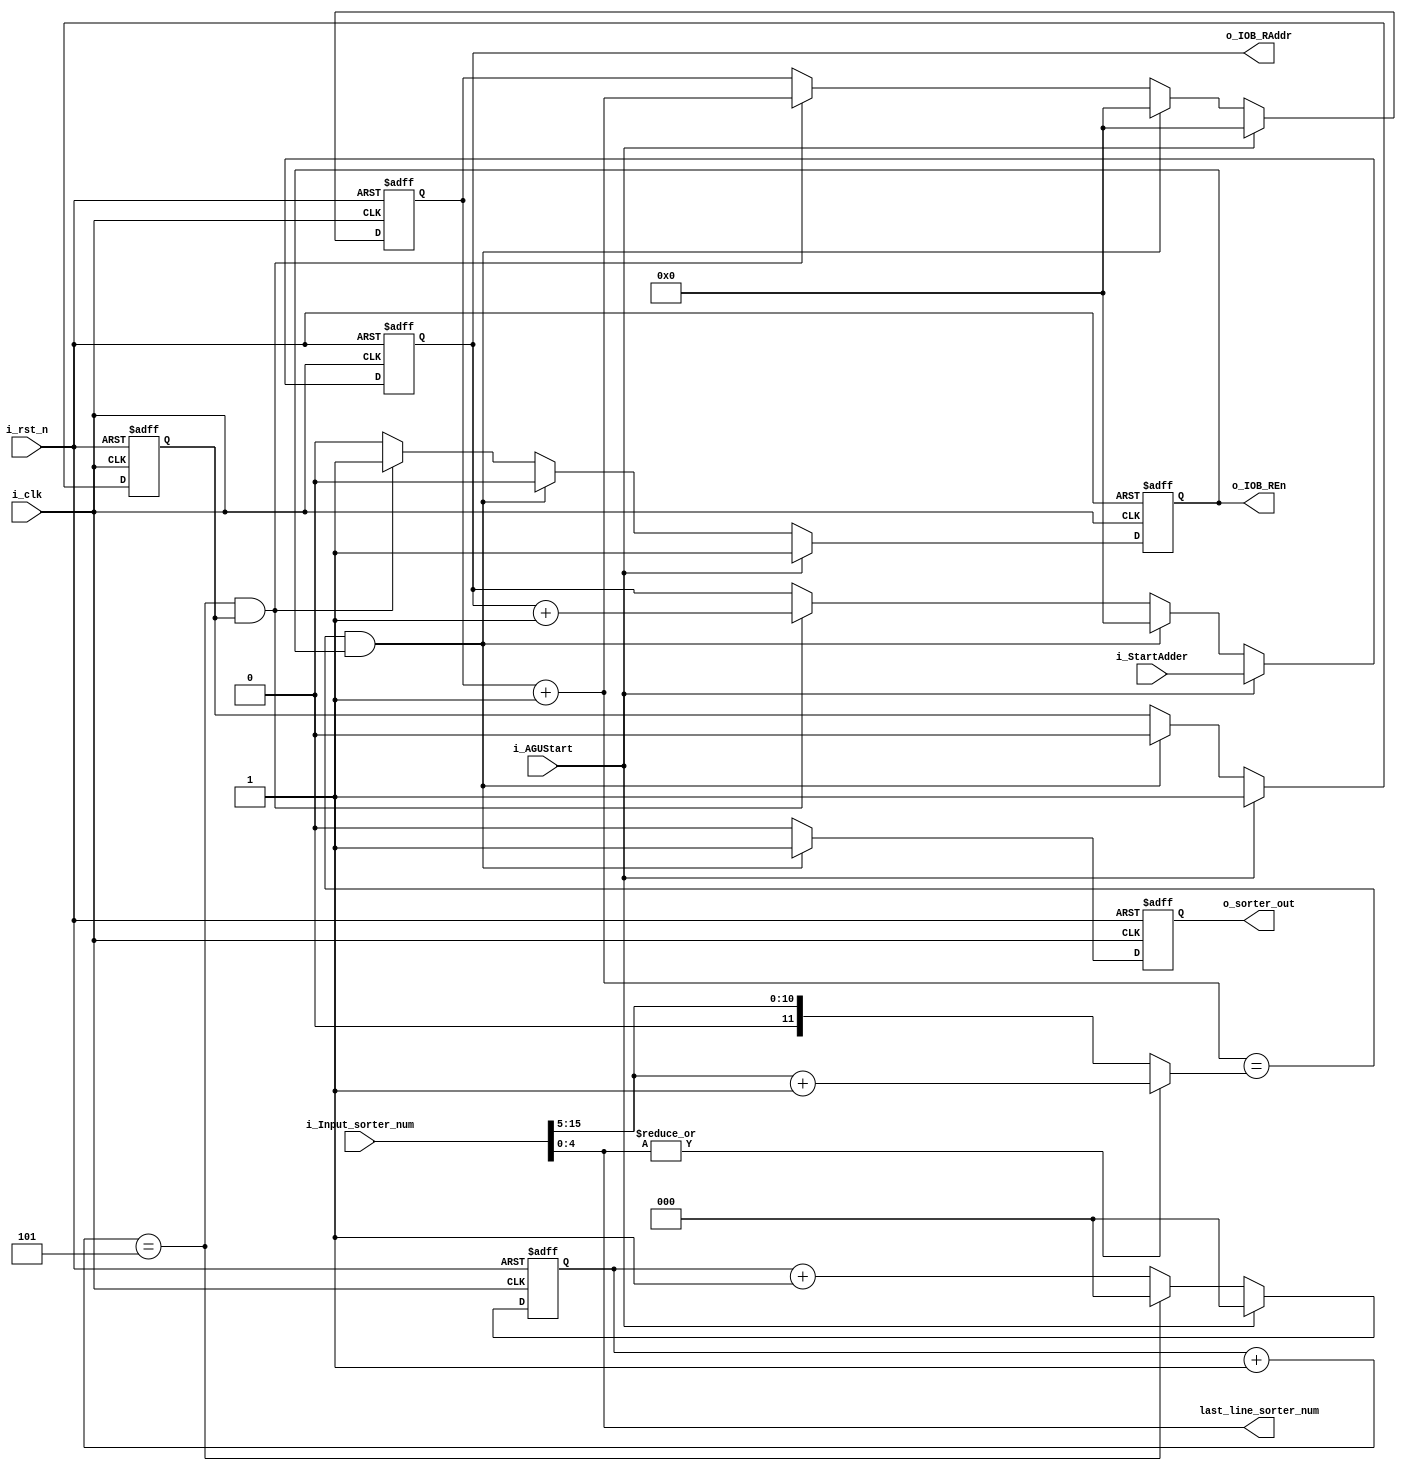
`timescale 1ns / 1ps
//////////////////////////////////////////////////////////////////////////////////
// Company: 
// Engineer: 
// 
// Design Name: 
// Module Name: IAGU_SORTER
// Project Name: 
// Target Devices: 
// Tool Versions: 
// Description: 
// 
// Dependencies: 
// 
// Revision:
// Revision 0.01 - File Created
// Additional Comments:
// 
//////////////////////////////////////////////////////////////////////////////////


module IAGU_SORTER(
            input i_clk,
			input i_rst_n,
			input [11:0]i_StartAdder,
			input [15:0]i_Input_sorter_num,
			input i_AGUStart,//?????????????????
			
			
			output  o_IOB_REn ,
			output  [11:0]o_IOB_RAddr,
			output  [4:0] last_line_sorter_num,
			output o_sorter_out

    );
    parameter INTERVAL_CYCLE = 5;
    
   reg [11:0] r_input_line;
   reg [2:0] r_cycle_num;
   wire c_input_piece_end;
   wire c_interval_end;
   wire [11:0] input_pieceNum;
   //wire [4:0] last_line_sorter_num;
   reg r_sorter_out_en;
   reg r_IOB_REn;
   reg [11:0]r_IOB_RAddr;
   reg r_addr_en;
   assign  input_pieceNum = (|i_Input_sorter_num[4:0]) ? (i_Input_sorter_num[15:5] + 11'b1) : i_Input_sorter_num[15:5];
   assign  last_line_sorter_num =  i_Input_sorter_num[4:0];
   assign  c_input_piece_end = (r_input_line+12'b1==input_pieceNum)&&r_IOB_REn;
   assign  c_interval_end = (r_cycle_num + 1 == INTERVAL_CYCLE);
  
    always@(posedge i_clk or negedge i_rst_n)begin
                if(!i_rst_n) begin
                        r_IOB_REn <= 1'd0;
                         r_input_line<= 12'b0;
                         r_IOB_RAddr <= 12'b0;
                         r_addr_en <= 1'b0;
                        //first_group <= 1'b0
                        end
                else if(i_AGUStart) begin
                        r_IOB_REn <= 1'd1;
                        r_input_line<= 12'b0;
                        r_IOB_RAddr <= i_StartAdder;
                        r_addr_en <= 1'b1;
                       end
                else  if(c_input_piece_end) begin
                      		r_IOB_REn <=0;
                      		r_input_line<=  12'b0;
                      		r_IOB_RAddr <= 12'b0;
                      		r_addr_en <= 1'b0;
                      end else if(c_interval_end&&r_addr_en) begin 
                          r_IOB_REn <= 1'b1;
                          r_input_line<=  r_input_line + 12'b1;
                          r_IOB_RAddr <= r_IOB_RAddr + 12'b1;
                          r_addr_en <= r_addr_en;
                      
                      end
                else  begin
                        r_IOB_REn <=0;
                         r_input_line<=  r_input_line;
                         r_IOB_RAddr <= r_IOB_RAddr;
                         r_addr_en <= r_addr_en;
                        end
        end
        
        always@(posedge i_clk or negedge i_rst_n)begin
                    if(!i_rst_n)
                             r_cycle_num <= 3'b0;
                            //first_group <= 1'b0
                    else if(i_AGUStart) 
                           r_cycle_num <= 3'b0;
                    else if(c_interval_end)
                                r_cycle_num <= 3'b0;
                               
                    else  begin
                            r_cycle_num <=  r_cycle_num + 3'b1;
                 
                            end
            end
            
             always@(posedge i_clk or negedge i_rst_n)begin
                    if(!i_rst_n)
                             r_sorter_out_en <= 1'b0;
                            //first_group <= 1'b0
                           
                    else if(c_input_piece_end)
                             r_sorter_out_en <= 1'b1;
                               
                    else  begin
                             r_sorter_out_en <= 1'b0;
                 
                            end
            end
            
            assign  o_IOB_REn  = r_IOB_REn;
            assign  o_IOB_RAddr = r_IOB_RAddr;
            assign  o_sorter_out = r_sorter_out_en;
    
endmodule